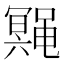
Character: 𱌆